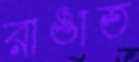
রাঙাত